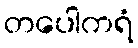
တပေါကရံ